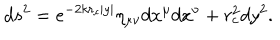
d s ^ { 2 } = e ^ { - 2 k r _ { c } | y | } \eta _ { \mu \nu } d x ^ { \mu } d x ^ { \nu } + r _ { c } ^ { 2 } d y ^ { 2 } .